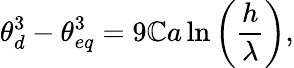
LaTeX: \theta_{d}^{3}-\theta_{eq}^{3}=9\mathbb{C}a\ln\left(\frac{{h}}{{\lambda}}\right),